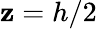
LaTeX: \mathbf{z}=h/2